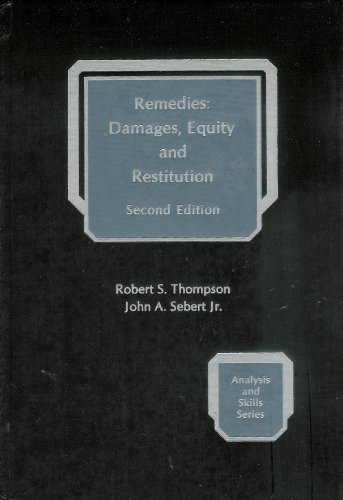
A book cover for Remedies: Damages, Equity and Restitution. Second Edition (Analysis and Skills Series); Robert S.  Thompson; Law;